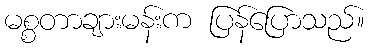
မစ္စတာချားမန်းက ပြန်ပြောသည်။